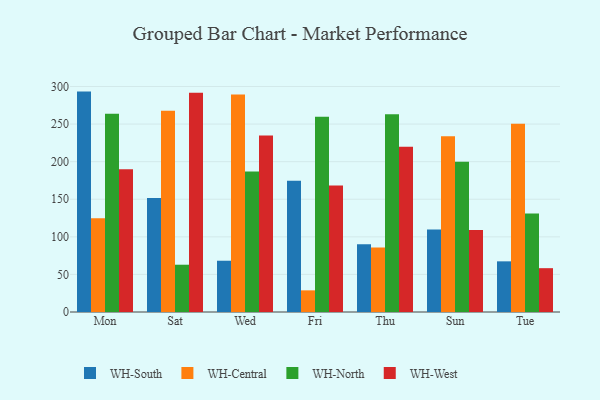
{"axis": {"x": "Day", "y": "Churn Rate (%)"}, "legend": ["WH-Central", "WH-North", "WH-South", "WH-West"], "data": [{"x": "Mon", "y": 293.2, "type": "WH-South"}, {"x": "Mon", "y": 124.8, "type": "WH-Central"}, {"x": "Mon", "y": 263.7, "type": "WH-North"}, {"x": "Mon", "y": 189.9, "type": "WH-West"}, {"x": "Sat", "y": 151.7, "type": "WH-South"}, {"x": "Sat", "y": 267.8, "type": "WH-Central"}, {"x": "Sat", "y": 62.9, "type": "WH-North"}, {"x": "Sat", "y": 291.7, "type": "WH-West"}, {"x": "Wed", "y": 68.2, "type": "WH-South"}, {"x": "Wed", "y": 289.4, "type": "WH-Central"}, {"x": "Wed", "y": 186.8, "type": "WH-North"}, {"x": "Wed", "y": 234.8, "type": "WH-West"}, {"x": "Fri", "y": 174.6, "type": "WH-South"}, {"x": "Fri", "y": 28.8, "type": "WH-Central"}, {"x": "Fri", "y": 259.9, "type": "WH-North"}, {"x": "Fri", "y": 168.3, "type": "WH-West"}, {"x": "Thu", "y": 90.2, "type": "WH-South"}, {"x": "Thu", "y": 85.9, "type": "WH-Central"}, {"x": "Thu", "y": 263.2, "type": "WH-North"}, {"x": "Thu", "y": 219.8, "type": "WH-West"}, {"x": "Sun", "y": 109.8, "type": "WH-South"}, {"x": "Sun", "y": 233.8, "type": "WH-Central"}, {"x": "Sun", "y": 199.9, "type": "WH-North"}, {"x": "Sun", "y": 109.0, "type": "WH-West"}, {"x": "Tue", "y": 67.4, "type": "WH-South"}, {"x": "Tue", "y": 250.4, "type": "WH-Central"}, {"x": "Tue", "y": 131.2, "type": "WH-North"}, {"x": "Tue", "y": 58.3, "type": "WH-West"}]}